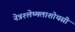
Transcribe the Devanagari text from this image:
नेत्रश्लेष्मलाशोथसी